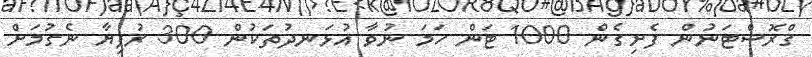
ގްރޮސްޓަނުން ފެށިގެން 1000 ޓަން ހަމަ ނުވާ އުޅަނދުތަކުން 300 ރުފިޔާ ނެގުމަށް